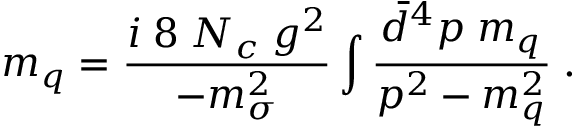
m _ { q } = { \frac { i \; 8 \; N _ { c } \; g ^ { 2 } } { - m _ { \sigma } ^ { 2 } } } \int { \frac { \bar { d } ^ { 4 } p \; m _ { q } } { p ^ { 2 } - m _ { q } ^ { 2 } } } \; .